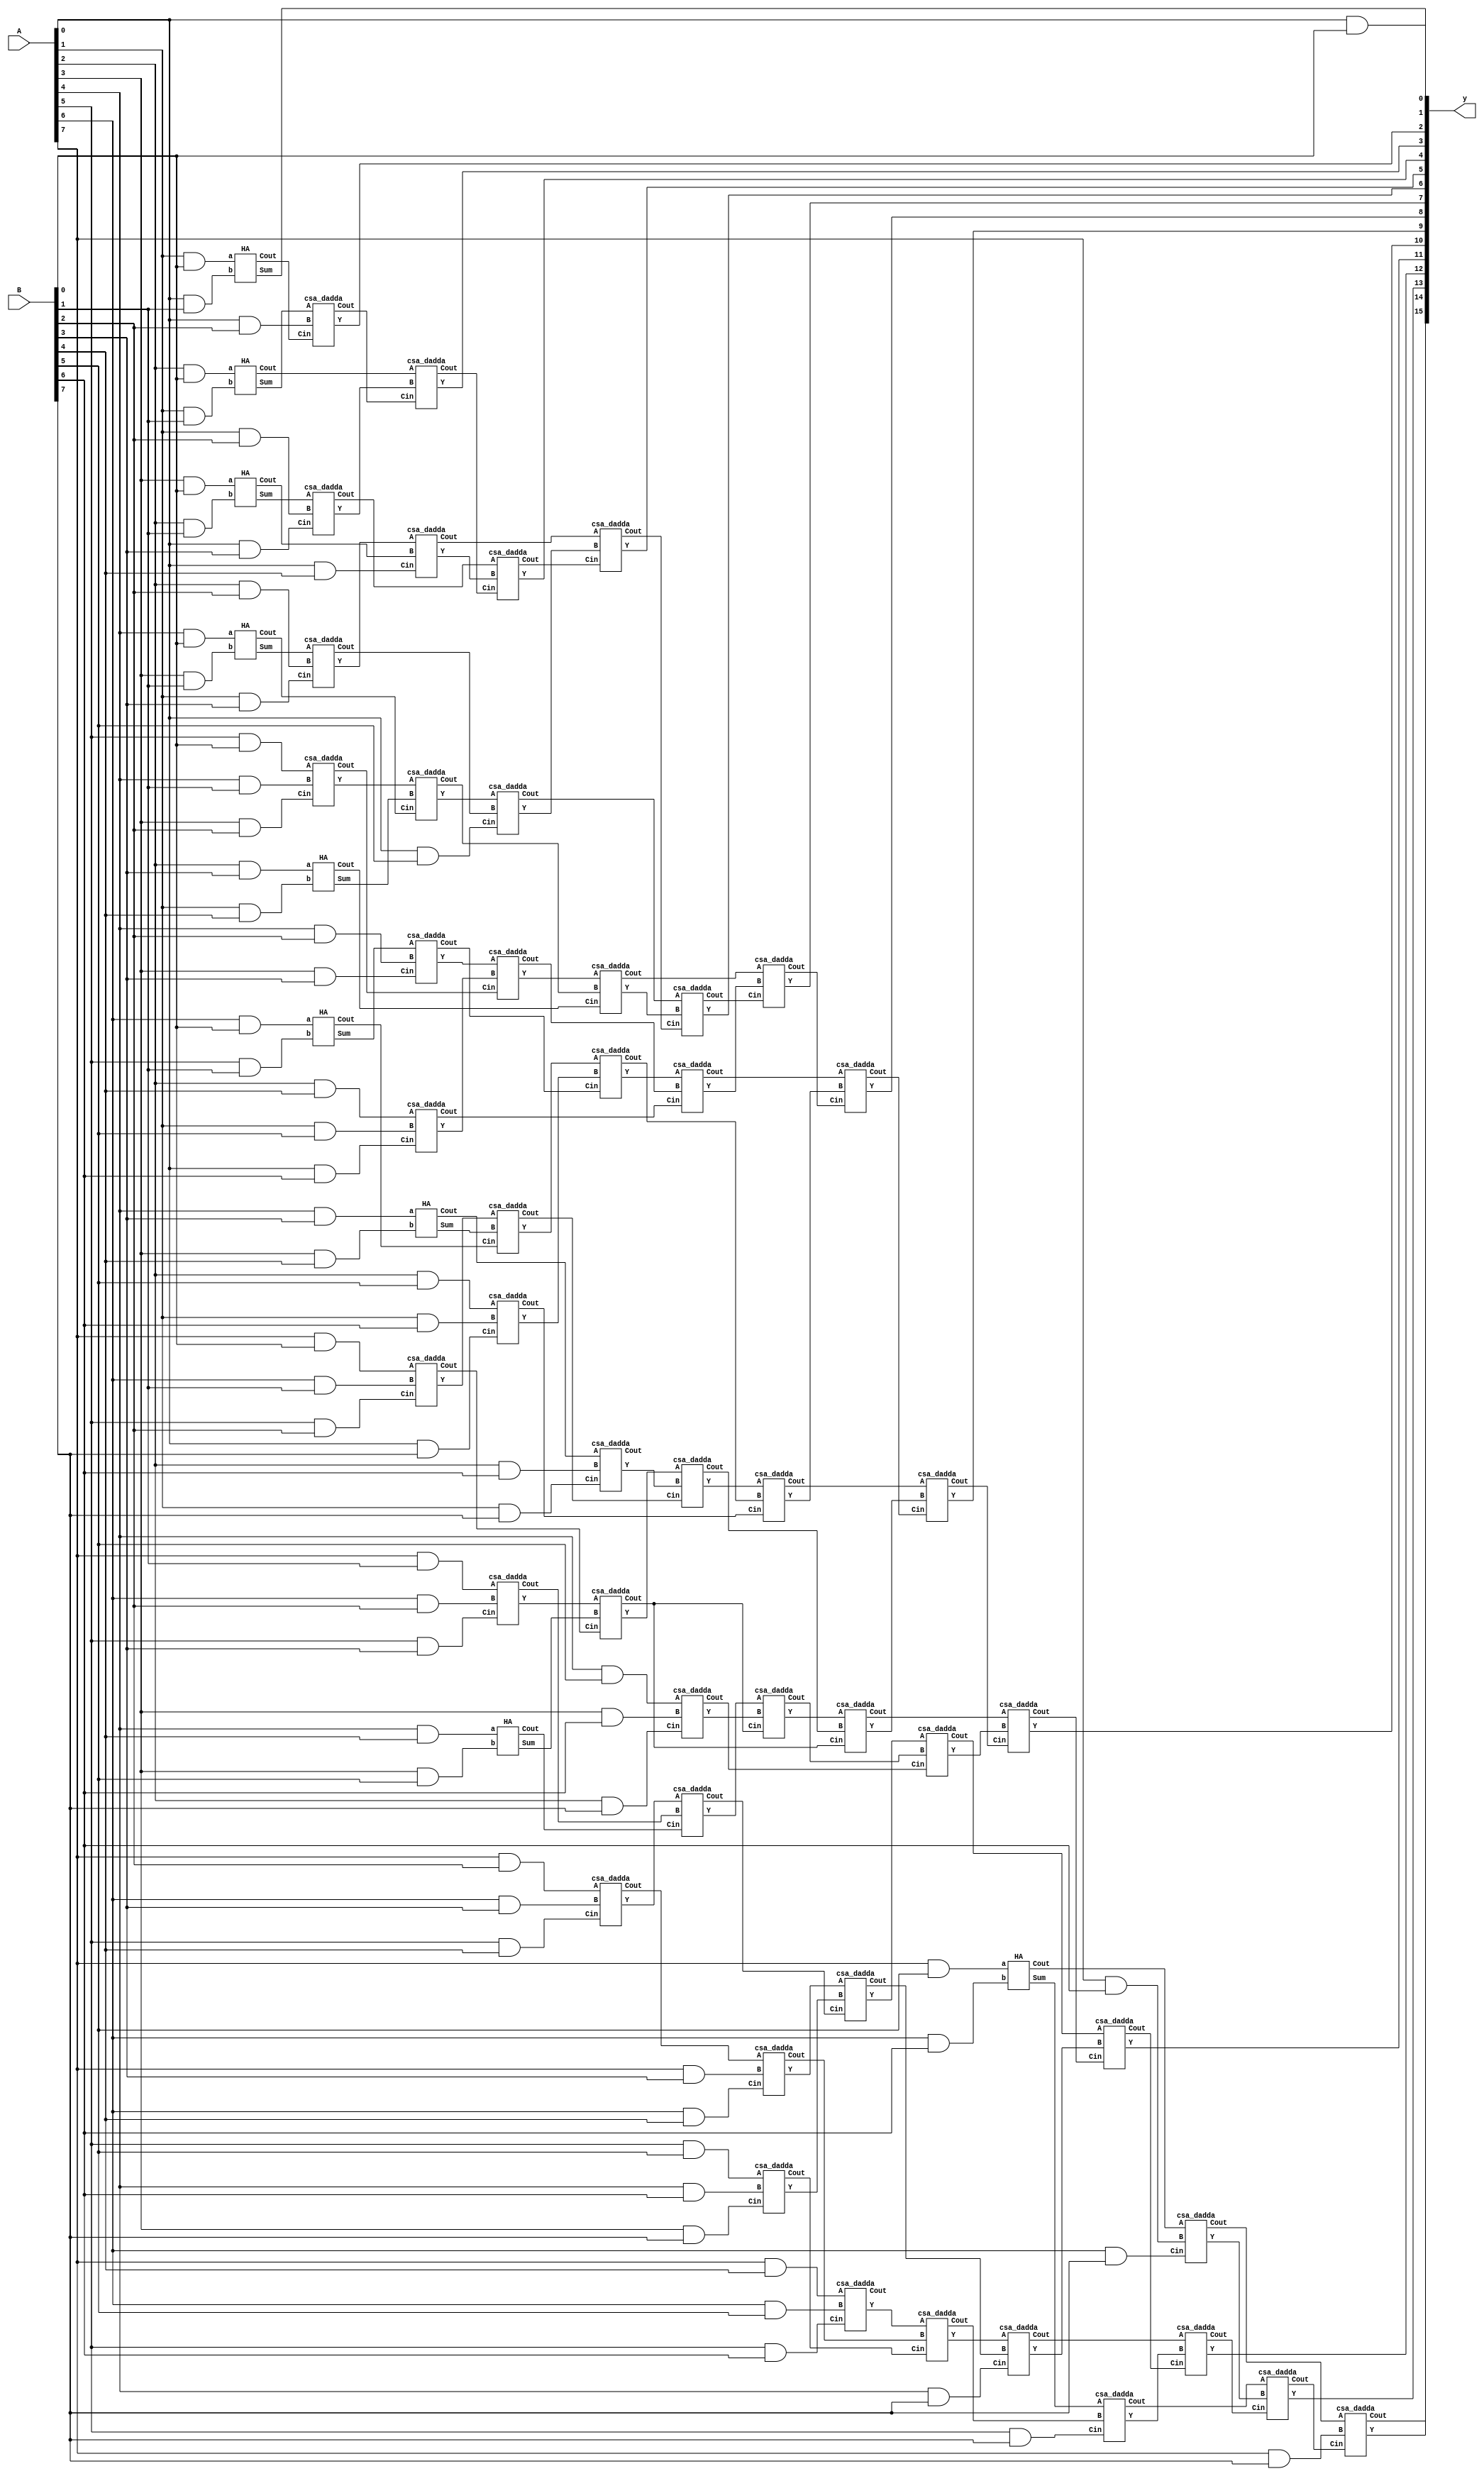
// dadda multiplier
// A - 8 bits , B - 8bits, y(output) - 16bits

module dadda_8(A,B,y);
    
    input [7:0] A;
    input [7:0] B;
    output wire [15:0] y;
    wire  gen_pp[0:7][0:7];
// stage-1 sum and carry
    wire [0:5]s1,c1;
// stage-2 sum and carry
    wire [0:13]s2,c2;   
// stage-3 sum and carry
    wire [0:9]s3,c3;
// stage-4 sum and carry
    wire [0:11]s4,c4;
// stage-5 sum and carry
    wire [0:13]s5,c5;




// generating partial products 
genvar i;
genvar j;

for(i = 0; i<8; i=i+1)begin

   for(j = 0; j<8;j = j+1)begin
      assign gen_pp[i][j] = A[i]&B[j];
end
end

 

//Reduction by stages.
// di_values = 2,3,4,6,8,13...


//Stage 1 - reducing fom 8 to 6  


    HA h1(.a(gen_pp[6][0]),.b(gen_pp[5][1]),.Sum(s1[0]),.Cout(c1[0]));
    HA h2(.a(gen_pp[4][3]),.b(gen_pp[3][4]),.Sum(s1[2]),.Cout(c1[2]));
    HA h3(.a(gen_pp[4][4]),.b(gen_pp[3][5]),.Sum(s1[4]),.Cout(c1[4]));

    csa_dadda c11(.A(gen_pp[7][0]),.B(gen_pp[6][1]),.Cin(gen_pp[5][2]),.Y(s1[1]),.Cout(c1[1]));
    csa_dadda c12(.A(gen_pp[7][1]),.B(gen_pp[6][2]),.Cin(gen_pp[5][3]),.Y(s1[3]),.Cout(c1[3]));     
    csa_dadda c13(.A(gen_pp[7][2]),.B(gen_pp[6][3]),.Cin(gen_pp[5][4]),.Y(s1[5]),.Cout(c1[5]));
    
//Stage 2 - reducing fom 6 to 4

    HA h4(.a(gen_pp[4][0]),.b(gen_pp[3][1]),.Sum(s2[0]),.Cout(c2[0]));
    HA h5(.a(gen_pp[2][3]),.b(gen_pp[1][4]),.Sum(s2[2]),.Cout(c2[2]));


    csa_dadda c21(.A(gen_pp[5][0]),  .B(gen_pp[4][1]),   .Cin(gen_pp[3][2]),   .Y(s2[1]),.Cout(c2[1]));
    csa_dadda c22(.A(s1[0]),         .B(gen_pp[4][2]),   .Cin(gen_pp[3][3]),   .Y(s2[3]),.Cout(c2[3]));
    csa_dadda c23(.A(gen_pp[2][4]),  .B(gen_pp[1][5]),   .Cin(gen_pp[0][6]),   .Y(s2[4]),.Cout(c2[4]));
    csa_dadda c24(.A(s1[1]),         .B(s1[2]),          .Cin(c1[0]),          .Y(s2[5]),.Cout(c2[5]));
    csa_dadda c25(.A(gen_pp[2][5]),  .B(gen_pp[1][6]),   .Cin(gen_pp[0][7]),   .Y(s2[6]),.Cout(c2[6]));
    csa_dadda c26(.A(s1[3]),         .B(s1[4]),          .Cin(c1[1]),          .Y(s2[7]),.Cout(c2[7]));
    csa_dadda c27(.A(c1[2]),         .B(gen_pp[2][6]),   .Cin(gen_pp[1][7]),   .Y(s2[8]),.Cout(c2[8]));
    csa_dadda c28(.A(s1[5]),         .B(c1[3]),          .Cin(c1[4]),          .Y(s2[9]),.Cout(c2[9]));
    csa_dadda c29(.A(gen_pp[4][5]),  .B(gen_pp[3][6]),   .Cin(gen_pp[2][7]),   .Y(s2[10]),.Cout(c2[10]));
    csa_dadda c210(.A(c1[5]),        .B(gen_pp[7][3]),   .Cin(gen_pp[6][4]),   .Y(s2[11]),.Cout(c2[11]));
    csa_dadda c211(.A(gen_pp[5][5]), .B(gen_pp[4][6]),   .Cin(gen_pp[3][7]),   .Y(s2[12]),.Cout(c2[12]));
    csa_dadda c212(.A(gen_pp[7][4]), .B(gen_pp[6][5]),   .Cin(gen_pp[5][6]),   .Y(s2[13]),.Cout(c2[13]));
    
//Stage 3 - reducing fom 4 to 3

    HA h6(.a(gen_pp[3][0]),.b(gen_pp[2][1]),.Sum(s3[0]),.Cout(c3[0]));
    HA h7(.a(gen_pp[7][5]),.b(gen_pp[6][6]),.Sum(s3[9]),.Cout(c3[9]));

    csa_dadda c31(.A(s2[0]),.B(gen_pp[2][2]),.Cin(gen_pp[1][3]),.Y(s3[1]),.Cout(c3[1]));
    csa_dadda c32(.A(s2[1]),.B(s2[2]),.Cin(c2[0]),.Y(s3[2]),.Cout(c3[2]));
    csa_dadda c33(.A(s2[3]),.B(s2[4]),.Cin(c2[1]),.Y(s3[3]),.Cout(c3[3]));
    csa_dadda c34(.A(s2[5]),.B(s2[6]),.Cin(c2[3]),.Y(s3[4]),.Cout(c3[4]));
    csa_dadda c35(.A(s2[7]),.B(s2[8]),.Cin(c2[5]),.Y(s3[5]),.Cout(c3[5]));
    csa_dadda c36(.A(s2[9]),.B(s2[10]),.Cin(c2[7]),.Y(s3[6]),.Cout(c3[6]));
    csa_dadda c37(.A(s2[11]),.B(s2[12]),.Cin(c2[9]),.Y(s3[7]),.Cout(c3[7]));
    csa_dadda c38(.A(s2[13]),.B(c2[11]),.Cin(c2[12]),.Y(s3[8]),.Cout(c3[8]));
   // csa_dadda c39(.A(gen_pp[7][5]),.B(gen_pp[6][6]),.Cin(gen_pp[5][7]),.Y(s3[9]),.Cout(c3[9]));

//Stage 4 - reducing fom 3 to 2

    HA h8(.a(gen_pp[2][0]),.b(gen_pp[1][1]),.Sum(s4[0]),.Cout(c4[0]));


    csa_dadda c41(.A(s3[0]),.B(gen_pp[1][2]),.Cin(gen_pp[0][3]),.Y(s4[1]),.Cout(c4[1]));
    csa_dadda c42(.A(s3[1]),.B(c3[0]),.Cin(gen_pp[0][4]),.Y(s4[2]),.Cout(c4[2]));
    csa_dadda c43(.A(s3[2]),.B(c3[1]),.Cin(gen_pp[0][5]),.Y(s4[3]),.Cout(c4[3]));
    csa_dadda c44(.A(s3[3]),.B(c3[2]),.Cin(c2[2]),.Y(s4[4]),.Cout(c4[4]));
    csa_dadda c45(.A(s3[4]),.B(c3[3]),.Cin(c2[4]),.Y(s4[5]),.Cout(c4[5]));
    csa_dadda c46(.A(s3[5]),.B(c3[4]),.Cin(c2[6]),.Y(s4[6]),.Cout(c4[6]));
    csa_dadda c47(.A(s3[6]),.B(c3[5]),.Cin(c2[7]),.Y(s4[7]),.Cout(c4[7]));
    csa_dadda c48(.A(s3[7]),.B(c3[6]),.Cin(c2[10]),.Y(s4[8]),.Cout(c4[8]));
    csa_dadda c49(.A(s3[8]),.B(c3[7]),.Cin(gen_pp[4][7]),.Y(s4[9]),.Cout(c4[9]));
    csa_dadda c410(.A(s3[9]),.B(c3[8]),.Cin(gen_pp[5][7]),.Y(s4[10]),.Cout(c4[10]));
    csa_dadda c411(.A(c3[9]),.B(gen_pp[7][6]),.Cin(gen_pp[6][7]),.Y(s4[11]),.Cout(c4[11]));
    
//Stage 5 - reducing fom 2 to 1
    // adding total sum and carry to get final output

    assign y[0] =  gen_pp[0][0];
    HA h9(.a(gen_pp[1][0]),.b(gen_pp[0][1]),.Sum(y[1]),.Cout(c5[0]));



    csa_dadda c51(.A(s4[0]),.B(gen_pp[0][2]),.Cin(c5[0]),.Y(y[2]),.Cout(c5[1]));
    csa_dadda c52(.A(c4[0]),.B(s4[1]),.Cin(c5[1]),.Y(y[3]),.Cout(c5[2]));

    csa_dadda c54(.A(c4[1]),.B(s4[2]),.Cin(c5[2]),.Y(y[4]),.Cout(c5[3]));
    csa_dadda c55(.A(c4[2]),.B(s4[3]),.Cin(c5[3]),.Y(y[5]),.Cout(c5[4]));
    csa_dadda c56(.A(c4[3]),.B(s4[4]),.Cin(c5[4]),.Y(y[6]),.Cout(c5[5]));
    csa_dadda c57(.A(c4[4]),.B(s4[5]),.Cin(c5[5]),.Y(y[7]),.Cout(c5[6]));

    csa_dadda c58(.A(c4[5]),.B(s4[6]),.Cin(c5[6]),.Y(y[8]),.Cout(c5[7]));
    csa_dadda c59(.A(c4[6]),.B(s4[7]),.Cin(c5[7]),.Y(y[9]),.Cout(c5[8]));
    csa_dadda c510(.A(c4[7]),.B(s4[8]),.Cin(c5[8]),.Y(y[10]),.Cout(c5[9]));
    csa_dadda c511(.A(c4[8]),.B(s4[9]),.Cin(c5[9]),.Y(y[11]),.Cout(c5[10]));

    csa_dadda c512(.A(c4[9]),.B(s4[10]),.Cin(c5[10]),.Y(y[12]),.Cout(c5[11]));
    csa_dadda c513(.A(c4[10]),.B(s4[11]),.Cin(c5[11]),.Y(y[13]),.Cout(c5[12]));
    csa_dadda c514(.A(c4[11]),.B(gen_pp[7][7]),.Cin(c5[12]),.Y(y[14]),.Cout(c5[13]));

    assign y[15] = c5[13];
    
  
    
endmodule 


//carry save adder -- for implementing dadda multiplier
//csa for use of half adder and full adder.

module csa_dadda(A,B,Cin,Y,Cout);
input A,B,Cin;
output Y,Cout;
    
assign Y = A^B^Cin;
assign Cout = (A&B)|(A&Cin)|(B&Cin);
    
endmodule

// Designing in Half Adder 
// Sum = a XOR b, Cout = a AND b


module HA(a, b, Sum, Cout);

input a, b; // a and b are inputs with size 1-bit
output Sum, Cout; // Sum and Cout are outputs with size 1-bit

assign Sum = a^b; 
assign Cout = a & b; 

endmodule